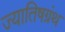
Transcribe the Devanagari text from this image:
ज्यातिषग्रंथ